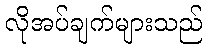
လိုအပ်ချက်များသည်